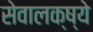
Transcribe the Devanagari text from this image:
सेवालक्ष्ये